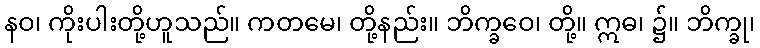
နဝ၊ ကိုးပါးတို့ဟူသည်။ ကတမေ၊ တို့နည်း။ ဘိက္ခဝေ၊ တို့။ ဣဓ၊ ၌။ ဘိက္ခု၊